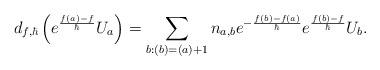
LaTeX: \begin{align*}d_{f,\hbar}\left(e^{\frac{f(a)-f}{\hbar}} U_a\right)=\sum_{b:(b)=(a)+1}n_{a,b}e^{-\frac{f(b)-f(a)}{\hbar}} e^{\frac{f(b)-f}{\hbar}}U_b.\end{align*}